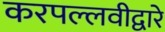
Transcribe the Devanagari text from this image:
करपल्लवीद्वारे